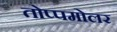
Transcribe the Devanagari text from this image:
तोप्पमोलर